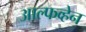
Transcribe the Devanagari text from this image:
आल्फव्हेन